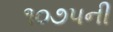
૧૦૭૫ની